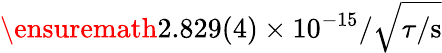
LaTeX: \ensuremath{2.829(4)\times 10^{-15}}/\sqrt{\tau/\mathrm{{s}}}